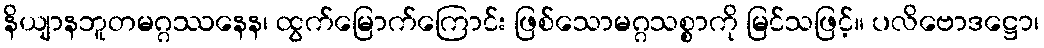
နိယျာနဘူတမဂ္ဂဿနေန၊ ထွက်မြောက်ကြောင်း ဖြစ်သောမဂ္ဂသစ္စာကို မြင်သဖြင့်။ ပလိဗောဒဋ္ဌော၊